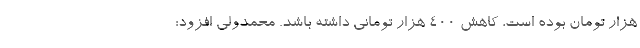
هزار تومان بوده است، کاهش ۴۰۰ هزار تومانی داشته باشد. محمدولی افزود: